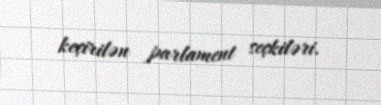
keçirilən parlament seçkiləri.